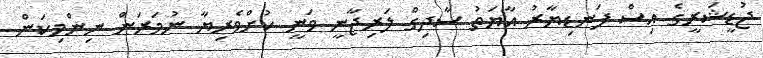
ޖުޑީޝަރީގެ އިސް ފަނޑިޔާރު އާޔަތު ސާދިގް ލަރިޖާނީ ވަނީ ކުށްވެރިޔާ ނުމަރަން ނިންމިކަން